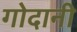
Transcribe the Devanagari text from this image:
गोदानी